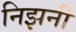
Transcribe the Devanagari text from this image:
निझनी